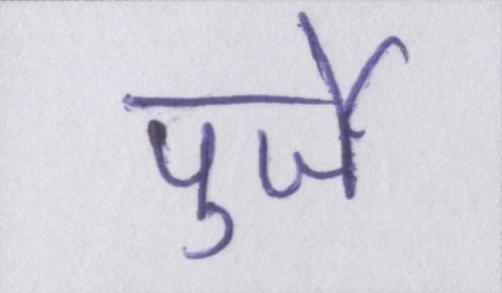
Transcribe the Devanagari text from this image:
पुर्जे